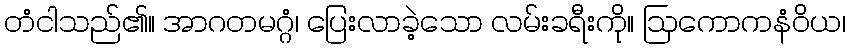
တံငါသည်၏။ အာဂတမဂ္ဂံ၊ ပြေးလာခဲ့သော လမ်းခရီးကို။ ဩကောကနံဝိယ၊